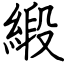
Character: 緞